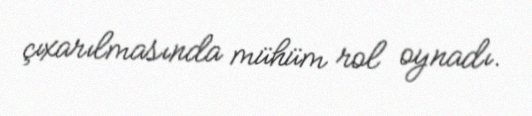
çıxarılmasında mühüm rol oynadı.